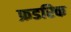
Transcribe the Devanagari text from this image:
फ्रडरिक